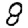
Digit: 8